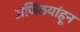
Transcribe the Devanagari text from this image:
अजिंठयांहून